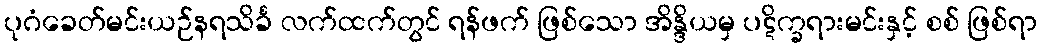
ပုဂံခေတ်မင်းယဉ်နရသိင်္ခ လက်ထက်တွင် ရန်ဖက် ဖြစ်သော အိန္ဒိယမှ ပဋိက္ခရားမင်းနှင့် စစ် ဖြစ်ရာ